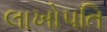
લાખોપતિ